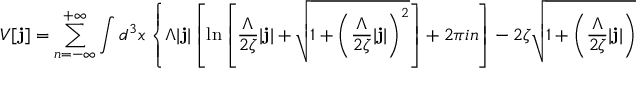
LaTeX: V [ { \bf j } ] = \sum _ { n = - \infty } ^ { + \infty } \int d ^ { 3 } x \left\{ \Lambda | { \bf j } | \left[ \ln \left[ \frac { \Lambda } { 2 \zeta } | { \bf j } | + \sqrt { 1 + \left( \frac { \Lambda } { 2 \zeta } | { \bf j } | \right) ^ { 2 } } \right] + 2 \pi i n \right] - 2 \zeta \sqrt { 1 + \left( \frac { \Lambda } { 2 \zeta } | { \bf j } | \right) ^ { 2 } } \right\} .